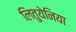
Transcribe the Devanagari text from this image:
लितुयेनिया